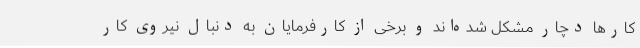
کارها دچار مشکل شده‌اند و برخی از کارفرمایان به‌ دنبال نیروی کار